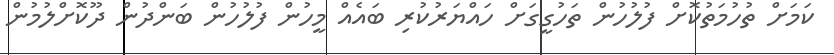
ކަމަށް ތުހުމަތުކޮށް ފުލުހުން ތަހުގީގަށް ހައްޔަރުކުރި ބައެއް މީހުން ފުލުހުން ބަންދުން ދޫކޮށްލުމުން